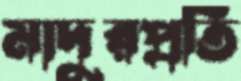
মাদুরপ্রতি